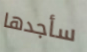
سأجدها